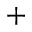
+